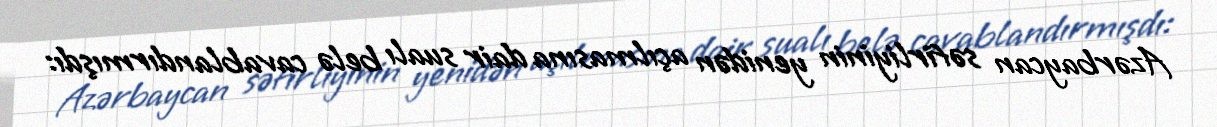
Azərbaycan səfirliyinin yenidən açılmasına dair sualı belə cavablandırmışdı: